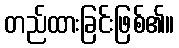
တည်ထားခြင်းဖြစ်၏။